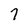
Character: 7